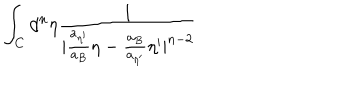
LaTeX: \int _ { C } { d ^ { n } } { \eta } \frac { 1 } { | \frac { a _ { { \eta } ^ { \prime } } } { a _ { B } } { \eta } - \frac { a _ { B } } { a _ { { \eta } ^ { \prime } } } { \eta } ^ { \prime } | ^ { n - 2 } }